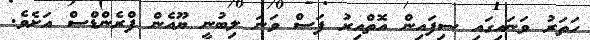
ހަތަރު ވަނައިގައި ސިފައިން އޮތްއިރު ފަސް ވަނަ ލިބުނީ ޔޫއެން ފްރެންޑްސް އަށެވެ.